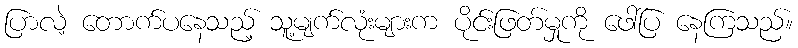
ပြာလဲ့ တောက်ပနေသည့် သူ့မျက်လုံးများက ပိုင်းဖြတ်မှုကို ဖေါ်ပြ နေကြသည်။